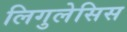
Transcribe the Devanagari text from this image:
लिगुलेसिस